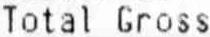
TOTAL GROSS